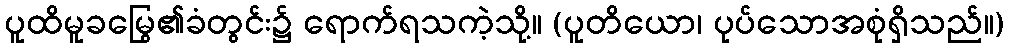
ပူထိမူခမြွေ၏ခံတွင်း၌ ရောက်ရသကဲ့သို့။ (ပူတိယော၊ ပုပ်သောအစုံရှိသည်။)